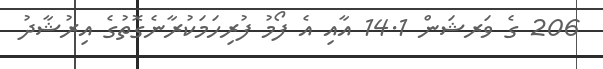
206 ގެ ވަރޝަން 14.1 އާއި އެ ފޯމު ފުރިހަމަކުރާނެގޮތުގެ އިރުޝާދު